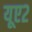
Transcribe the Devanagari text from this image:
यूए२